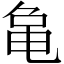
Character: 𬺞